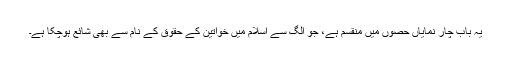
یہ باب چار نمایاں حصوں میں منقسم ہے، جو الگ سے اسلام میں خواتین کے حقوق کے نام سے بھی شائع ہوچکا ہے۔